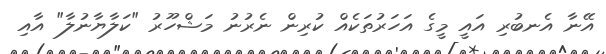
އޭނާ އެނބުރި އައީ މީގެ އަހަރުތަކެއް ކުރިން ނެރުނު މަޝްހޫރު "ކަލާޔާނުލާ" އާއި